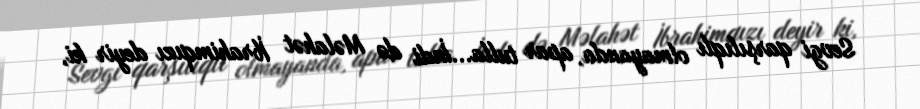
Sevgi qarşılıqlı olmayanda, apar tulla...İndi də Məlahət İbrahimqızı deyir ki,